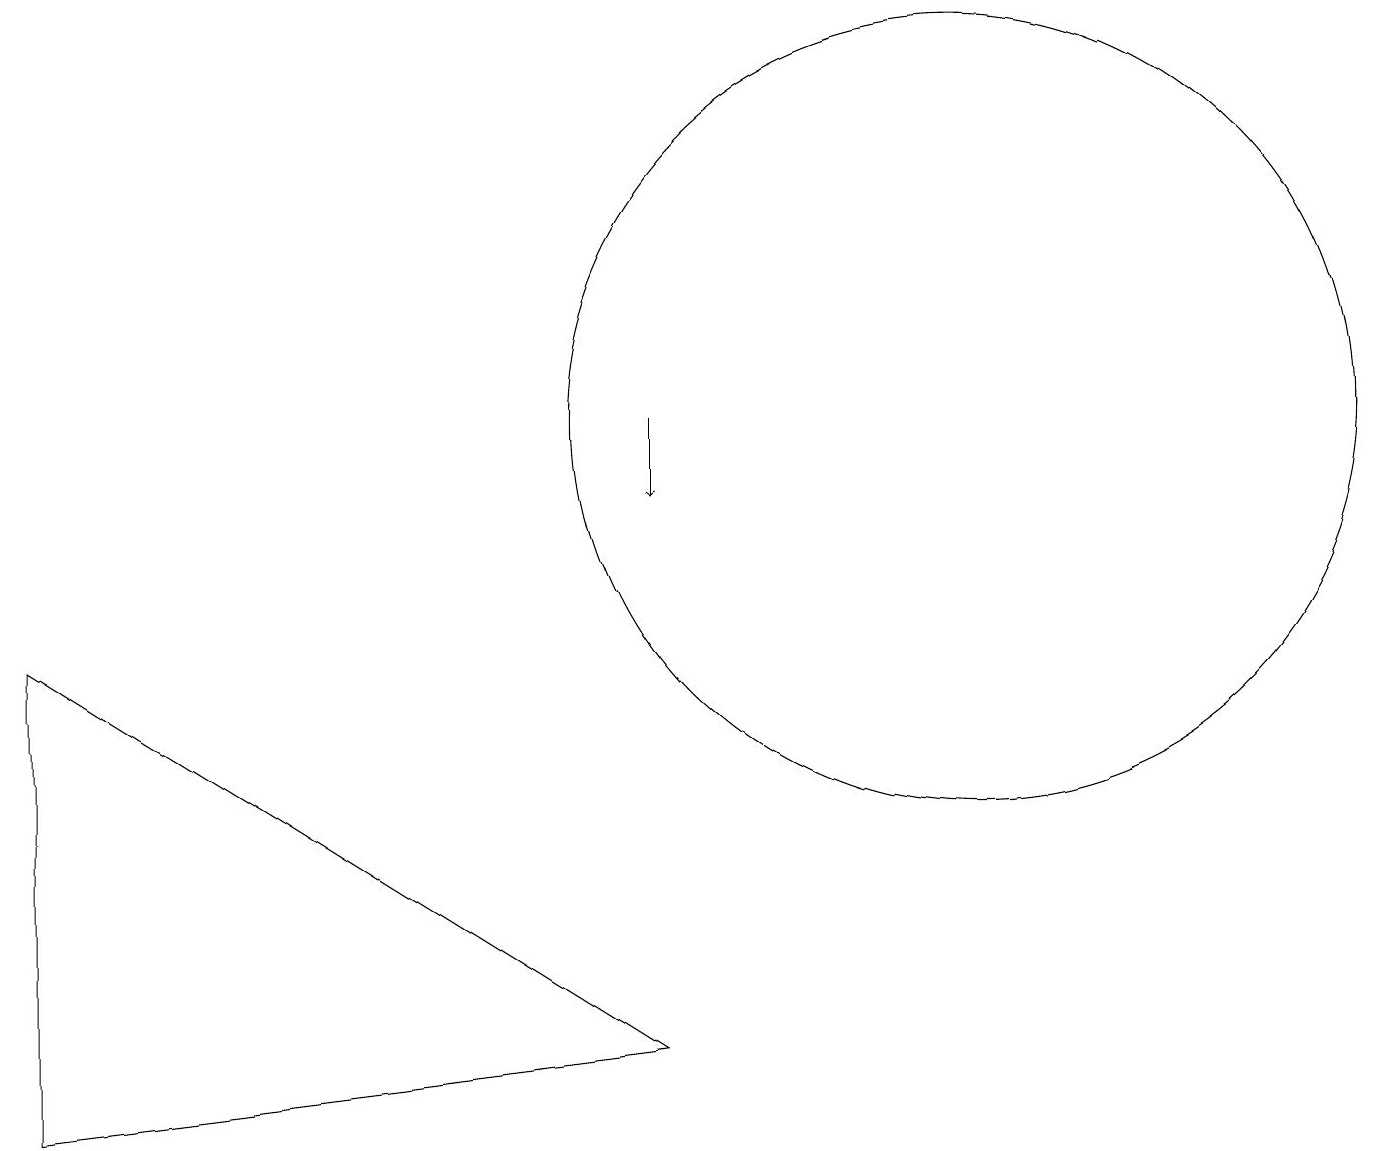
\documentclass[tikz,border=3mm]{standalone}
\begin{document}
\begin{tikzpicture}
\draw (12,11) circle (5);
\draw[->] (8,11) -- (8,10);
\draw (0,8) -- (0,2) -- (8,3) -- cycle;
\draw (2,14) rectangle (2,14);
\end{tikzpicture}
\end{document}